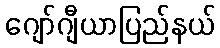
ဂျော်ဂျီယာပြည်နယ်